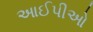
આઈપીઓ